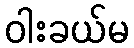
ဝါးခယ်မ